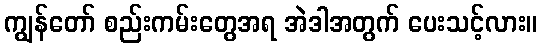
ကျွန်တော် စည်းကမ်းတွေအရ အဲဒါအတွက် ပေးသင့်လား။